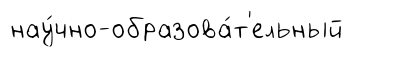
нау́чно-образова́т'ельный